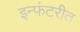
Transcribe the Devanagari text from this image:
इन्फंटरीत